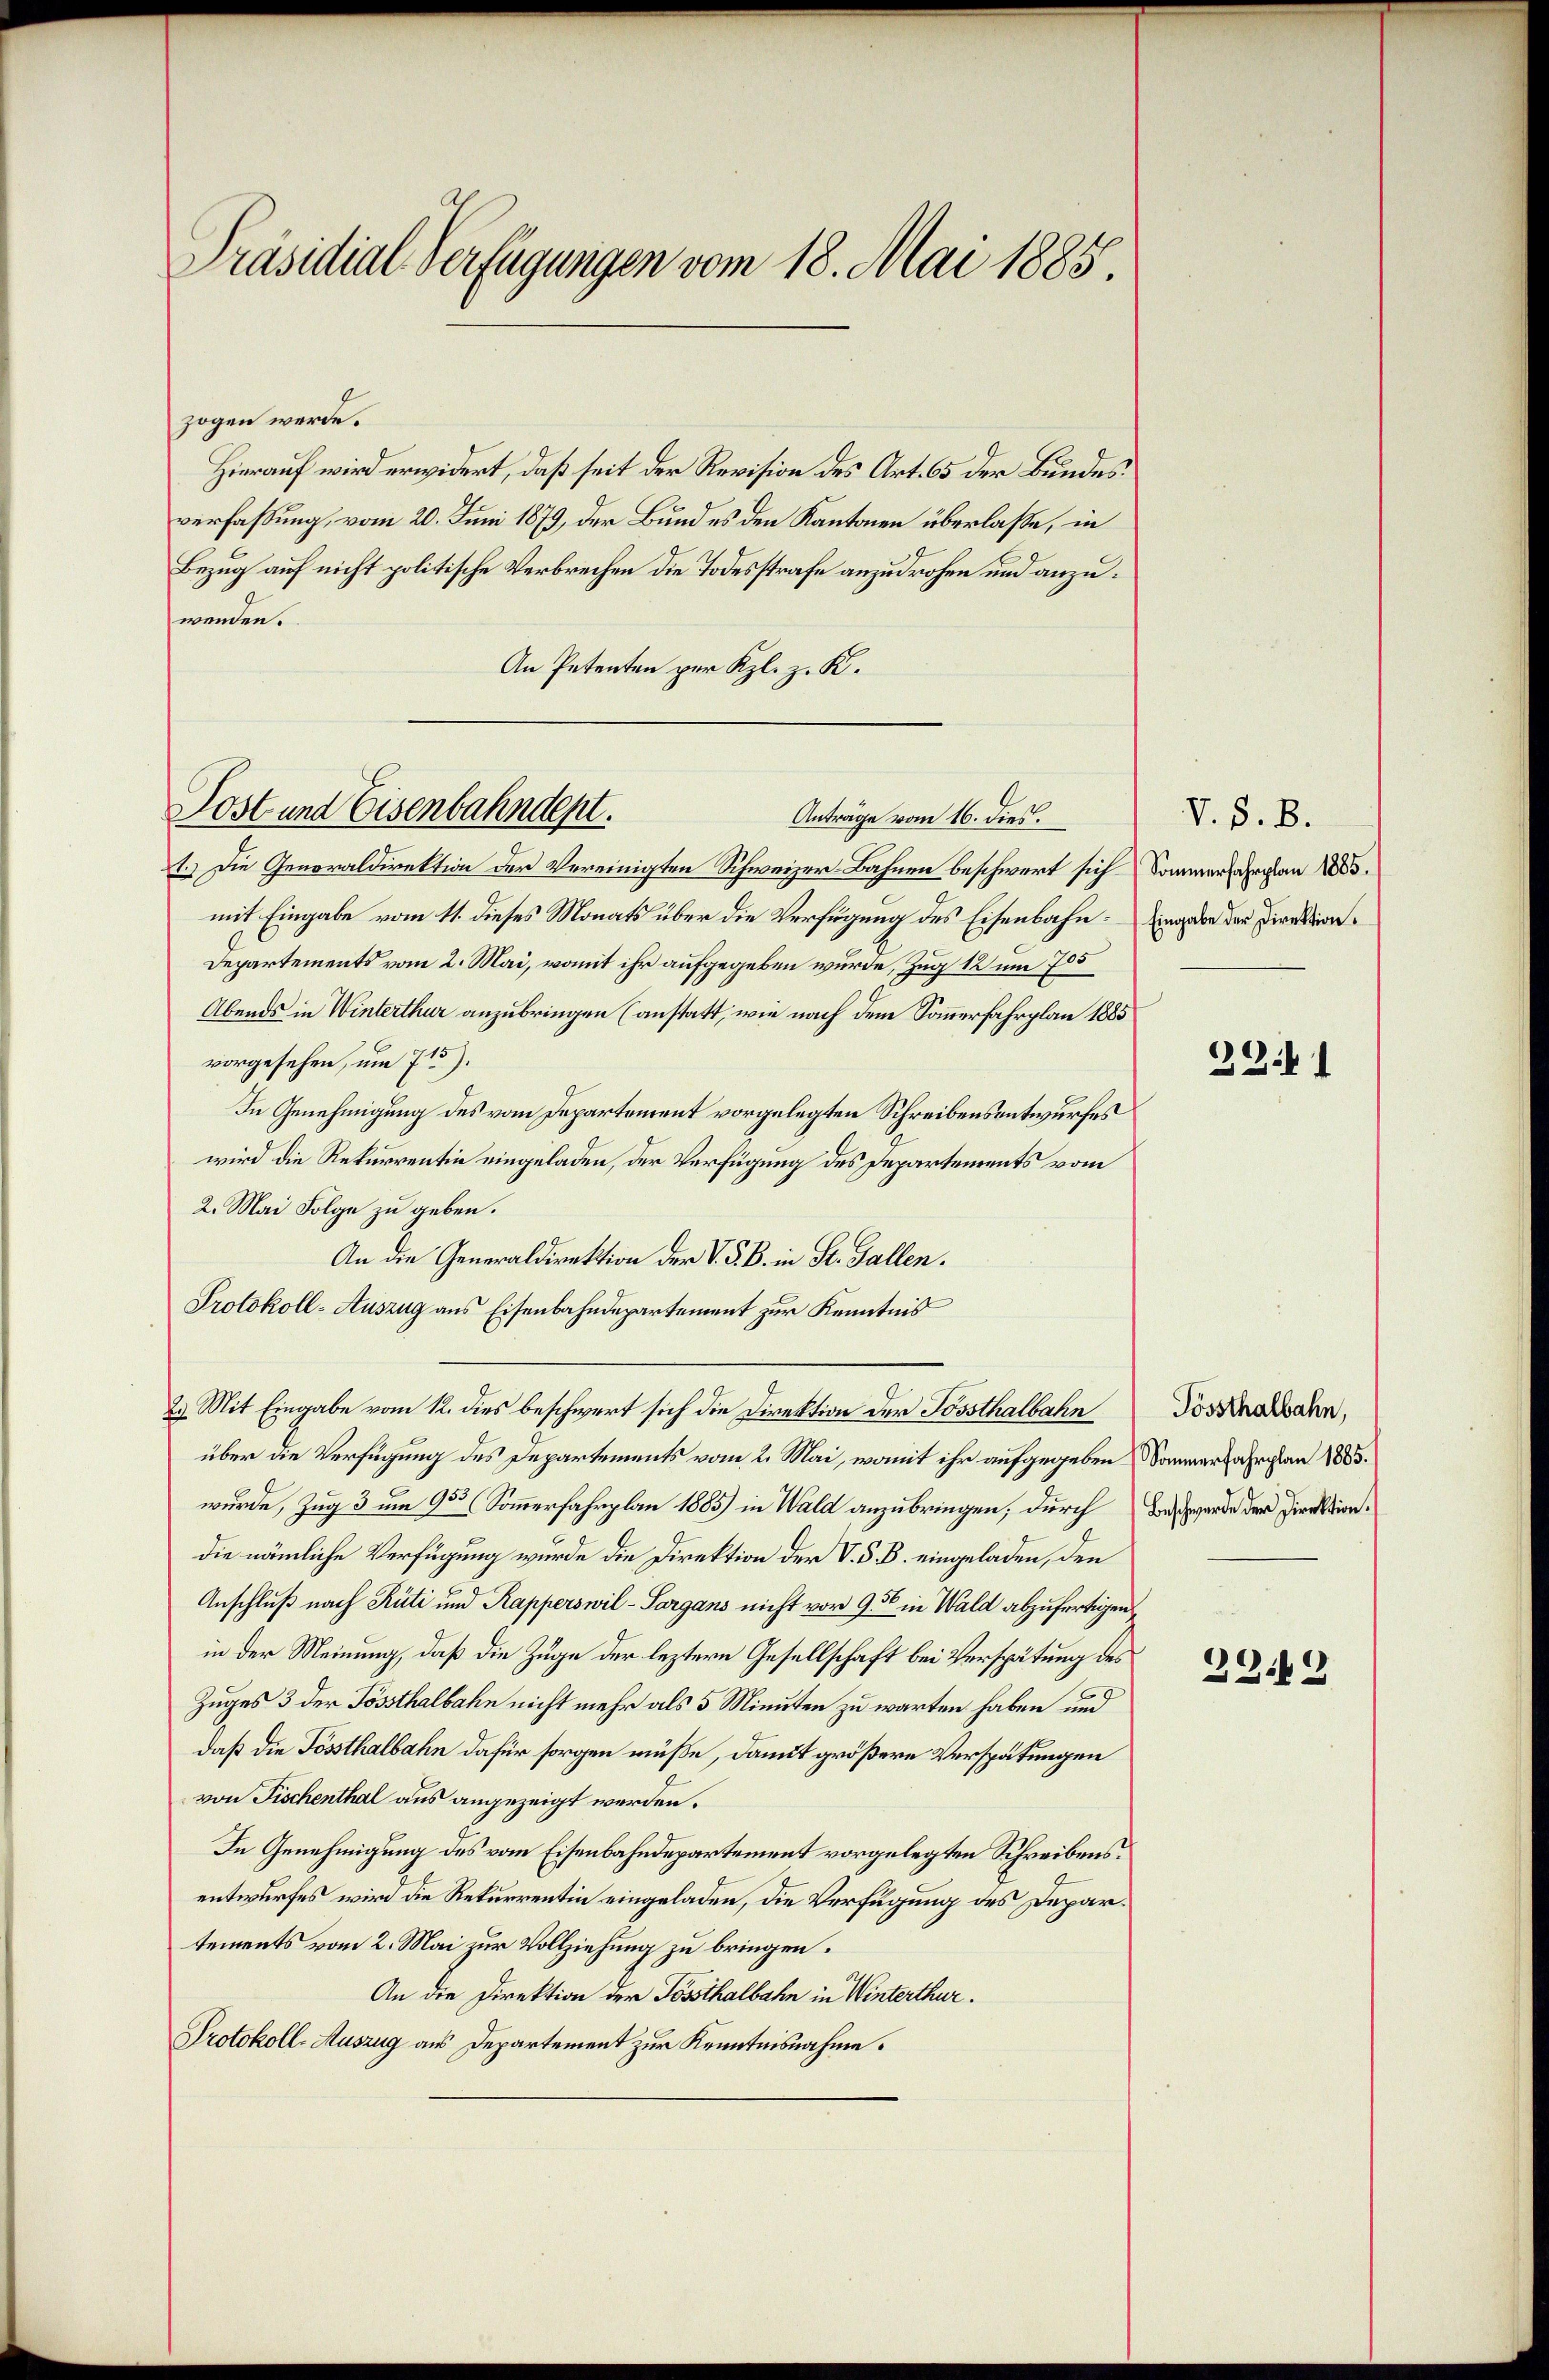
Präsidial-Verfügungen vom 18. Mai 1885

zogen werde.
Hierauf wird erwidert, daß seit der Revision des Art. 65 der Bundesverfaßung, vom 20. Juni 1879, der Bund es den Kantonen überlasse, in
Bezug auf nicht politische Verbrechen die Todesstrafe anzudrohen und anzuwenden.
An Petenten per Kl. z. K.

1.) Die Generaldirektion der Vereinigten Schweizer-Bahnen beschwert sich Sommerfahrplan 1883.
mit Eingabe vom 11. dieses Monats über die Verfügung des Eisenbahn. Eingeden der Direktion
Departements vom 2. Mai, womit ihr aufgegeben wurde, Zug 12 um 705
Abends in Winterthur anzubringen (anstatt, wie nach dem Sommerfahrplan 1885
vorgesehen, um 715).
In Genehmigung des vom Departement vorgelegten Schreibensentwurfes
wird die Rekurrentin eingeladen, der Verfügung des Departements vom
2. Mai Folge zu geben.
An die Generaldirektion der V. P. B. in St. Gallen.
Protokoll-Auszug aus Eisenbahndepartement zur Kenntnis
2.) Mit Eingabe vom 12. dies beschwert sich die Direktion der Possthalbahn
über die Verfügung des Departements vom 2. Mai, womit ihr aufgegeben Sommerfahrplan 1883.
wurde, Zug 3 um 955 Sommerfahrplan 1885) in Wald anzubringen, durch das werde der Direktiondie nämliche Verfügung wurde die Direktion der V. S. B. eingeladen, den
Anschluß nach Rüti und Kapperswil - Sargans nicht vor 936 in Wald abzufertigen
in der Meinung, daß die Zuge der leztern Gesellschaft bei Verspätung des
Zuges 3 der Tossthalbahn nicht mehr als 5 Minuten zu warten haben und
daß die Tössthalbahn dafür sorgen müße, damit größere Verspätungen
von Fischenthal aus angezeigt werden.
In Genehmigung des vom Eisenbahndepartement vorgelegten Schreibensentwurfes wird die Rekurrentin eingeladen, die Verfügung des Departements vom 2. Mai zur Vollziehung zu bringen.
An die Direktion der Tossthalbahn in Winterthur.
Protokoll-Auszug aus Departement zur Kenntnisnahme.

Post und Eisenbahndept.
Anträge vom 16. dies.

V. S. B.

3341

Tossthalbahn,

2342